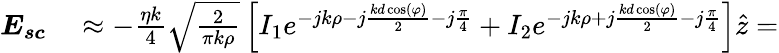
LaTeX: \begin{array}{rl}{\boldsymbol{E_{sc}}}&{{}\approx-\frac{\eta k}{4}\sqrt{\frac{2}{\pi k\rho}}\left[I_{1}e^{-jk\rho-j\frac{kd\cos(\varphi)}{2}-j\frac{\pi}{4}}+I_{2}e^{-jk\rho+j\frac{kd\cos(\varphi)}{2}-j\frac{\pi}{4}}\right]\hat{z}=}\end{array}